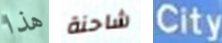
هذا شاحنة City